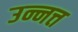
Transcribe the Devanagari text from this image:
उन्नत्त